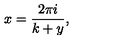
x = { \frac { 2 \pi i } { k + y } } ,